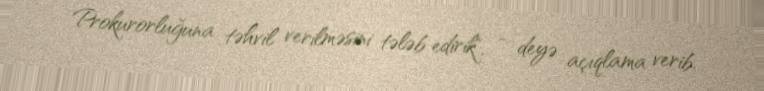
Prokurorluğuna təhvil verilməsini tələb edirik", - deyə açıqlama verib.